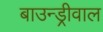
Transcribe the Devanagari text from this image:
बाउन्ड्रीवाल